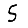
Digit: 5